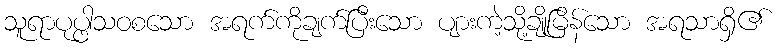
သူရာပုပ္ဖါသဝစသော အရက်ကိုချက်ပြီးသော ပျားကဲ့သို့ချိုမြိန်သော အရသာရှိ၏